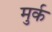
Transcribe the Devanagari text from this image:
मुर्क